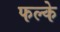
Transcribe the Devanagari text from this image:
फल्के